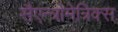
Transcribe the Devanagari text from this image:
सैएन्त्रोमेत्रिक्स